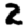
Digit: 2